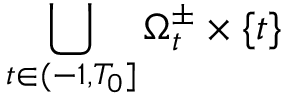
\bigcup _ { t \in ( - 1 , T _ { 0 } ] } \Omega _ { t } ^ { \pm } \times \{ t \}